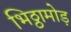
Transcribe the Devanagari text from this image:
भिठ्ठामोड़